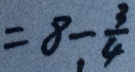
= 8 - \frac { 3 } { 4 }